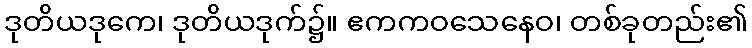
ဒုတိယဒုကေ၊ ဒုတိယဒုက်၌။ ဧကကဝသေနေဝ၊ တစ်ခုတည်း၏